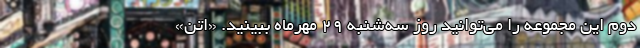
دوم این مجموعه را می‌توانید روز سه‌شنبه ۲۹ مهرماه ببینید. «اِتَنَ»